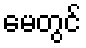
မေတွင်